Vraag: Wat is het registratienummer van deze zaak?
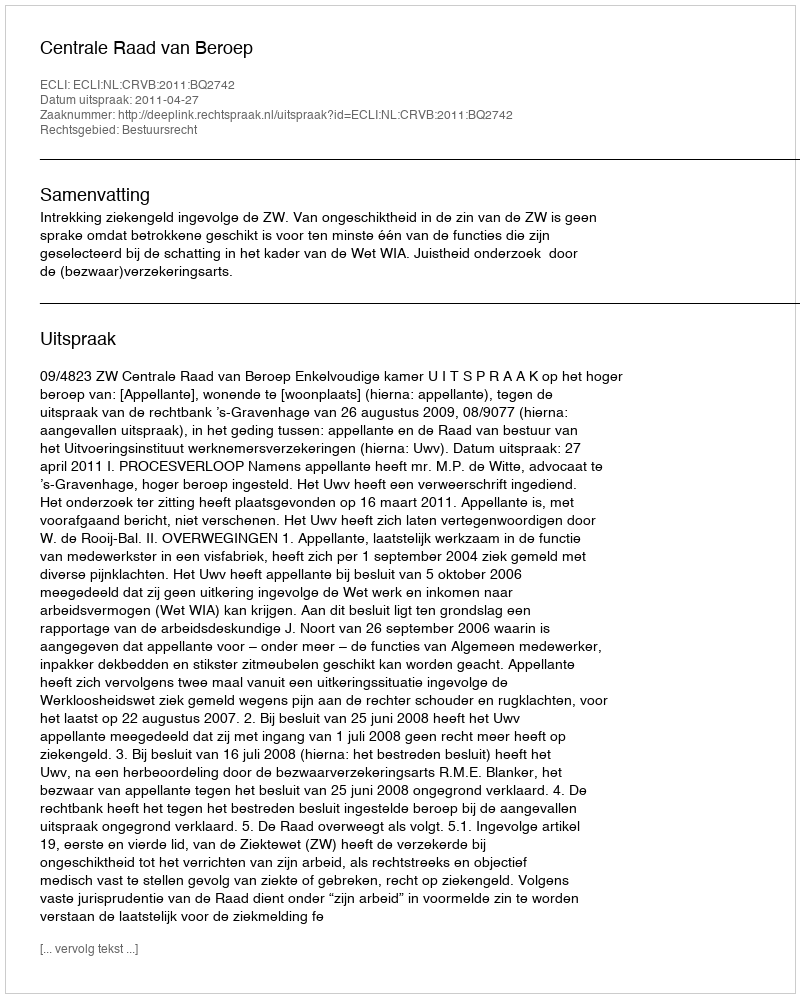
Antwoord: http://deeplink.rechtspraak.nl/uitspraak?id=ECLI:NL:CRVB:2011:BQ2742